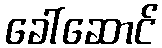
ခေါ်ဆောင်